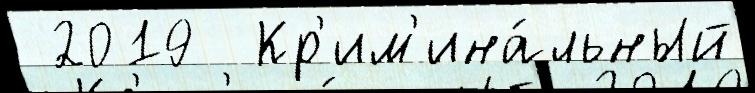
 2019  Кр'им'ина́льный